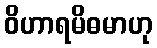
ဝိဟာရမိဓမာဟု